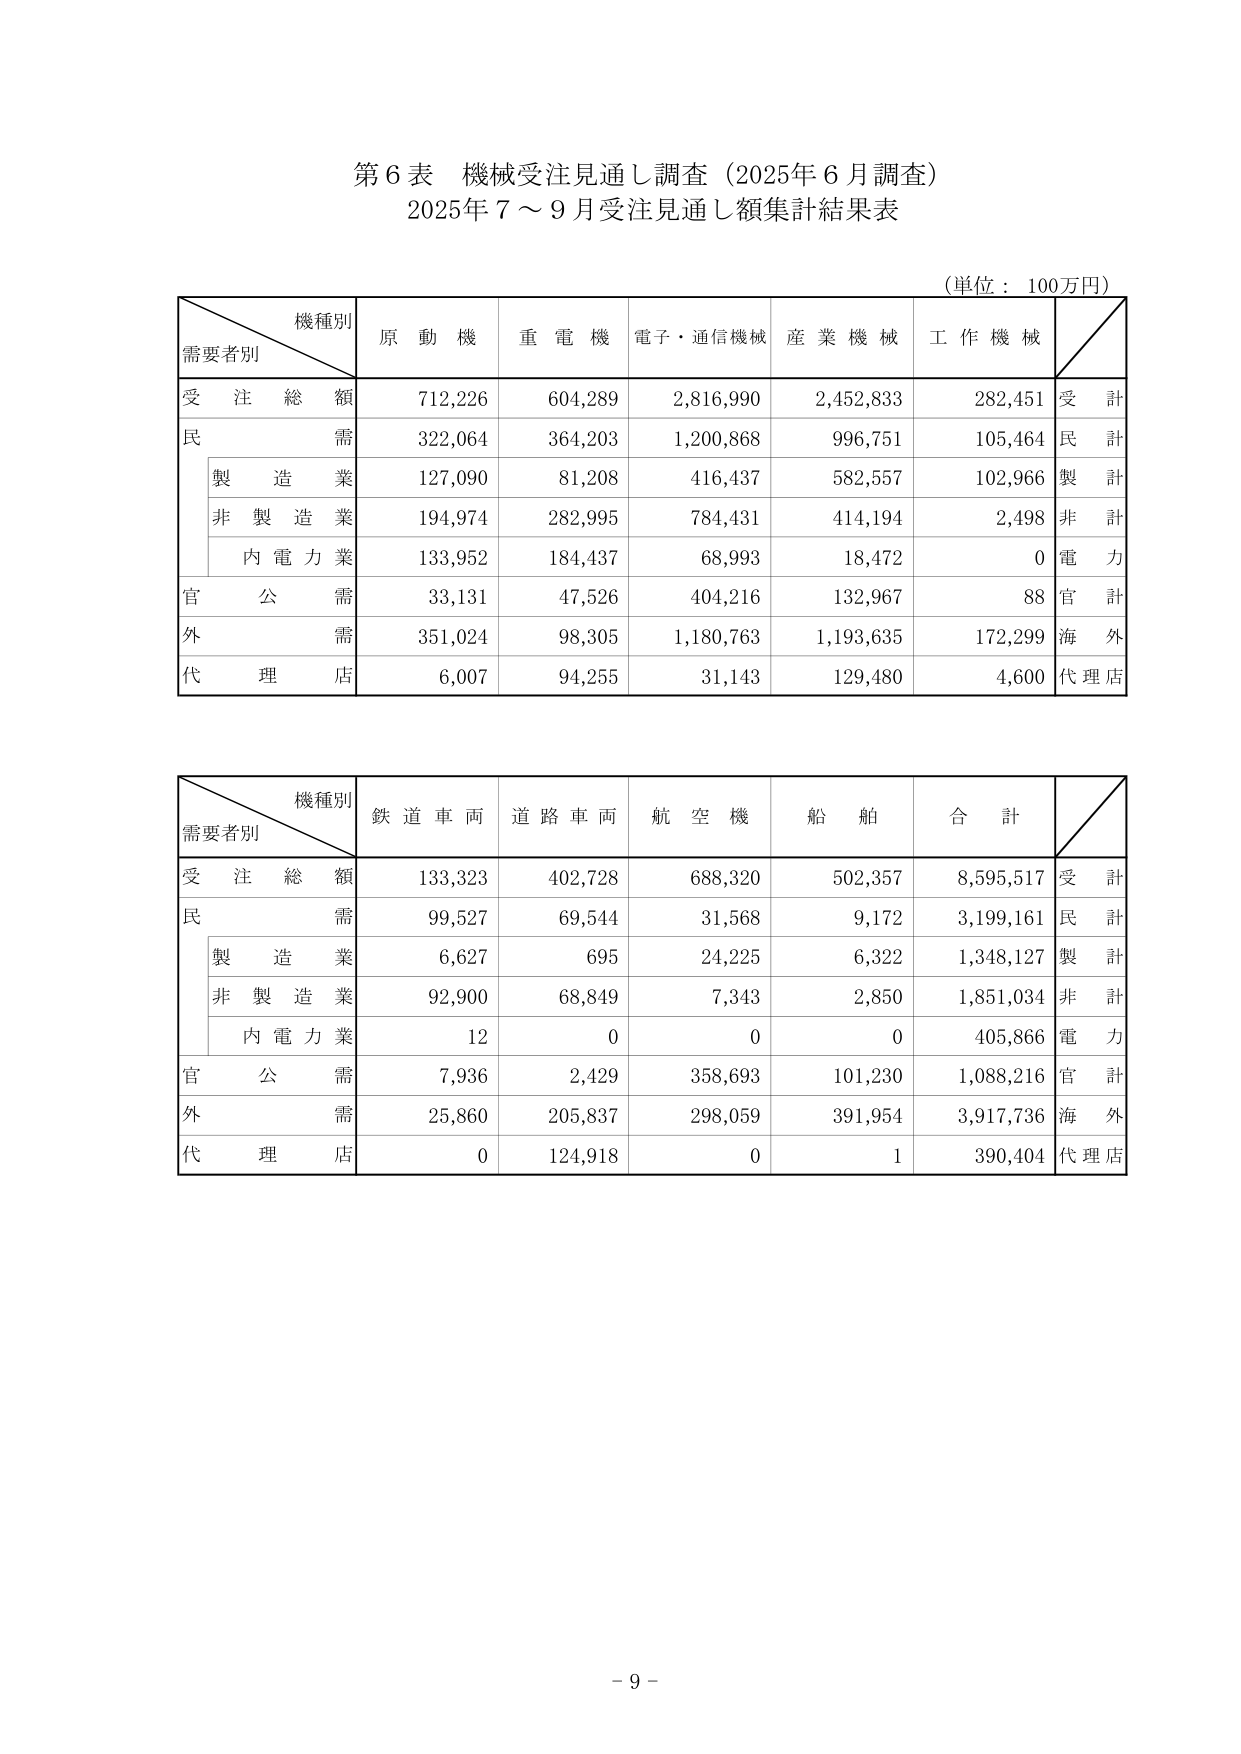
第６表 機械受注見通し調査（2025年６月調査）
2025年７～９月受注見通し額集計結果表

（単位：100万円）

機種別
需要者別
原動機
重電機
電子・通信機械
産業機械
工作機械

受注総額
712,226
604,289
2,816,990
2,452,833
282,451
受計

民需
322,064
364,203
1,200,868
996,751
105,464
民計

　製造業
127,090
81,208
416,437
582,557
102,966
製計

　非製造業
194,974
282,995
784,431
414,194
2,498
非計

　内電力業
133,952
184,437
68,993
18,472
0
電力

官公需
33,131
47,526
404,216
132,967
88
官計

外需
351,024
98,305
1,180,763
1,193,635
172,299
海外

代理店
6,007
94,255
31,143
129,480
4,600
代理店

機種別
需要者別
鉄道車両
道路車両
航空機
船舶
合計

受注総額
133,323
402,728
688,320
502,357
8,595,517
受計

民需
99,527
69,544
31,568
9,172
3,199,161
民計

　製造業
6,627
695
24,225
6,322
1,348,127
製計

　非製造業
92,900
68,849
7,343
2,850
1,851,034
非計

　内電力業
12
0
0
0
405,866
電力

官公需
7,936
2,429
358,693
101,230
1,088,216
官計

外需
25,860
205,837
298,059
391,954
3,917,736
海外

代理店
0
124,918
0
1
390,404
代理店

－９－